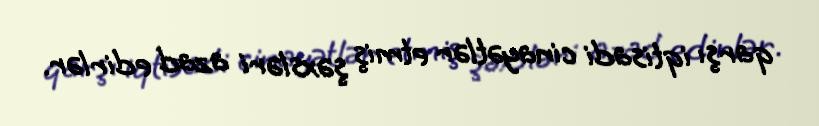
qarşı iqtisadi cinayətlər etmiş şəxsləri azad edirlər.